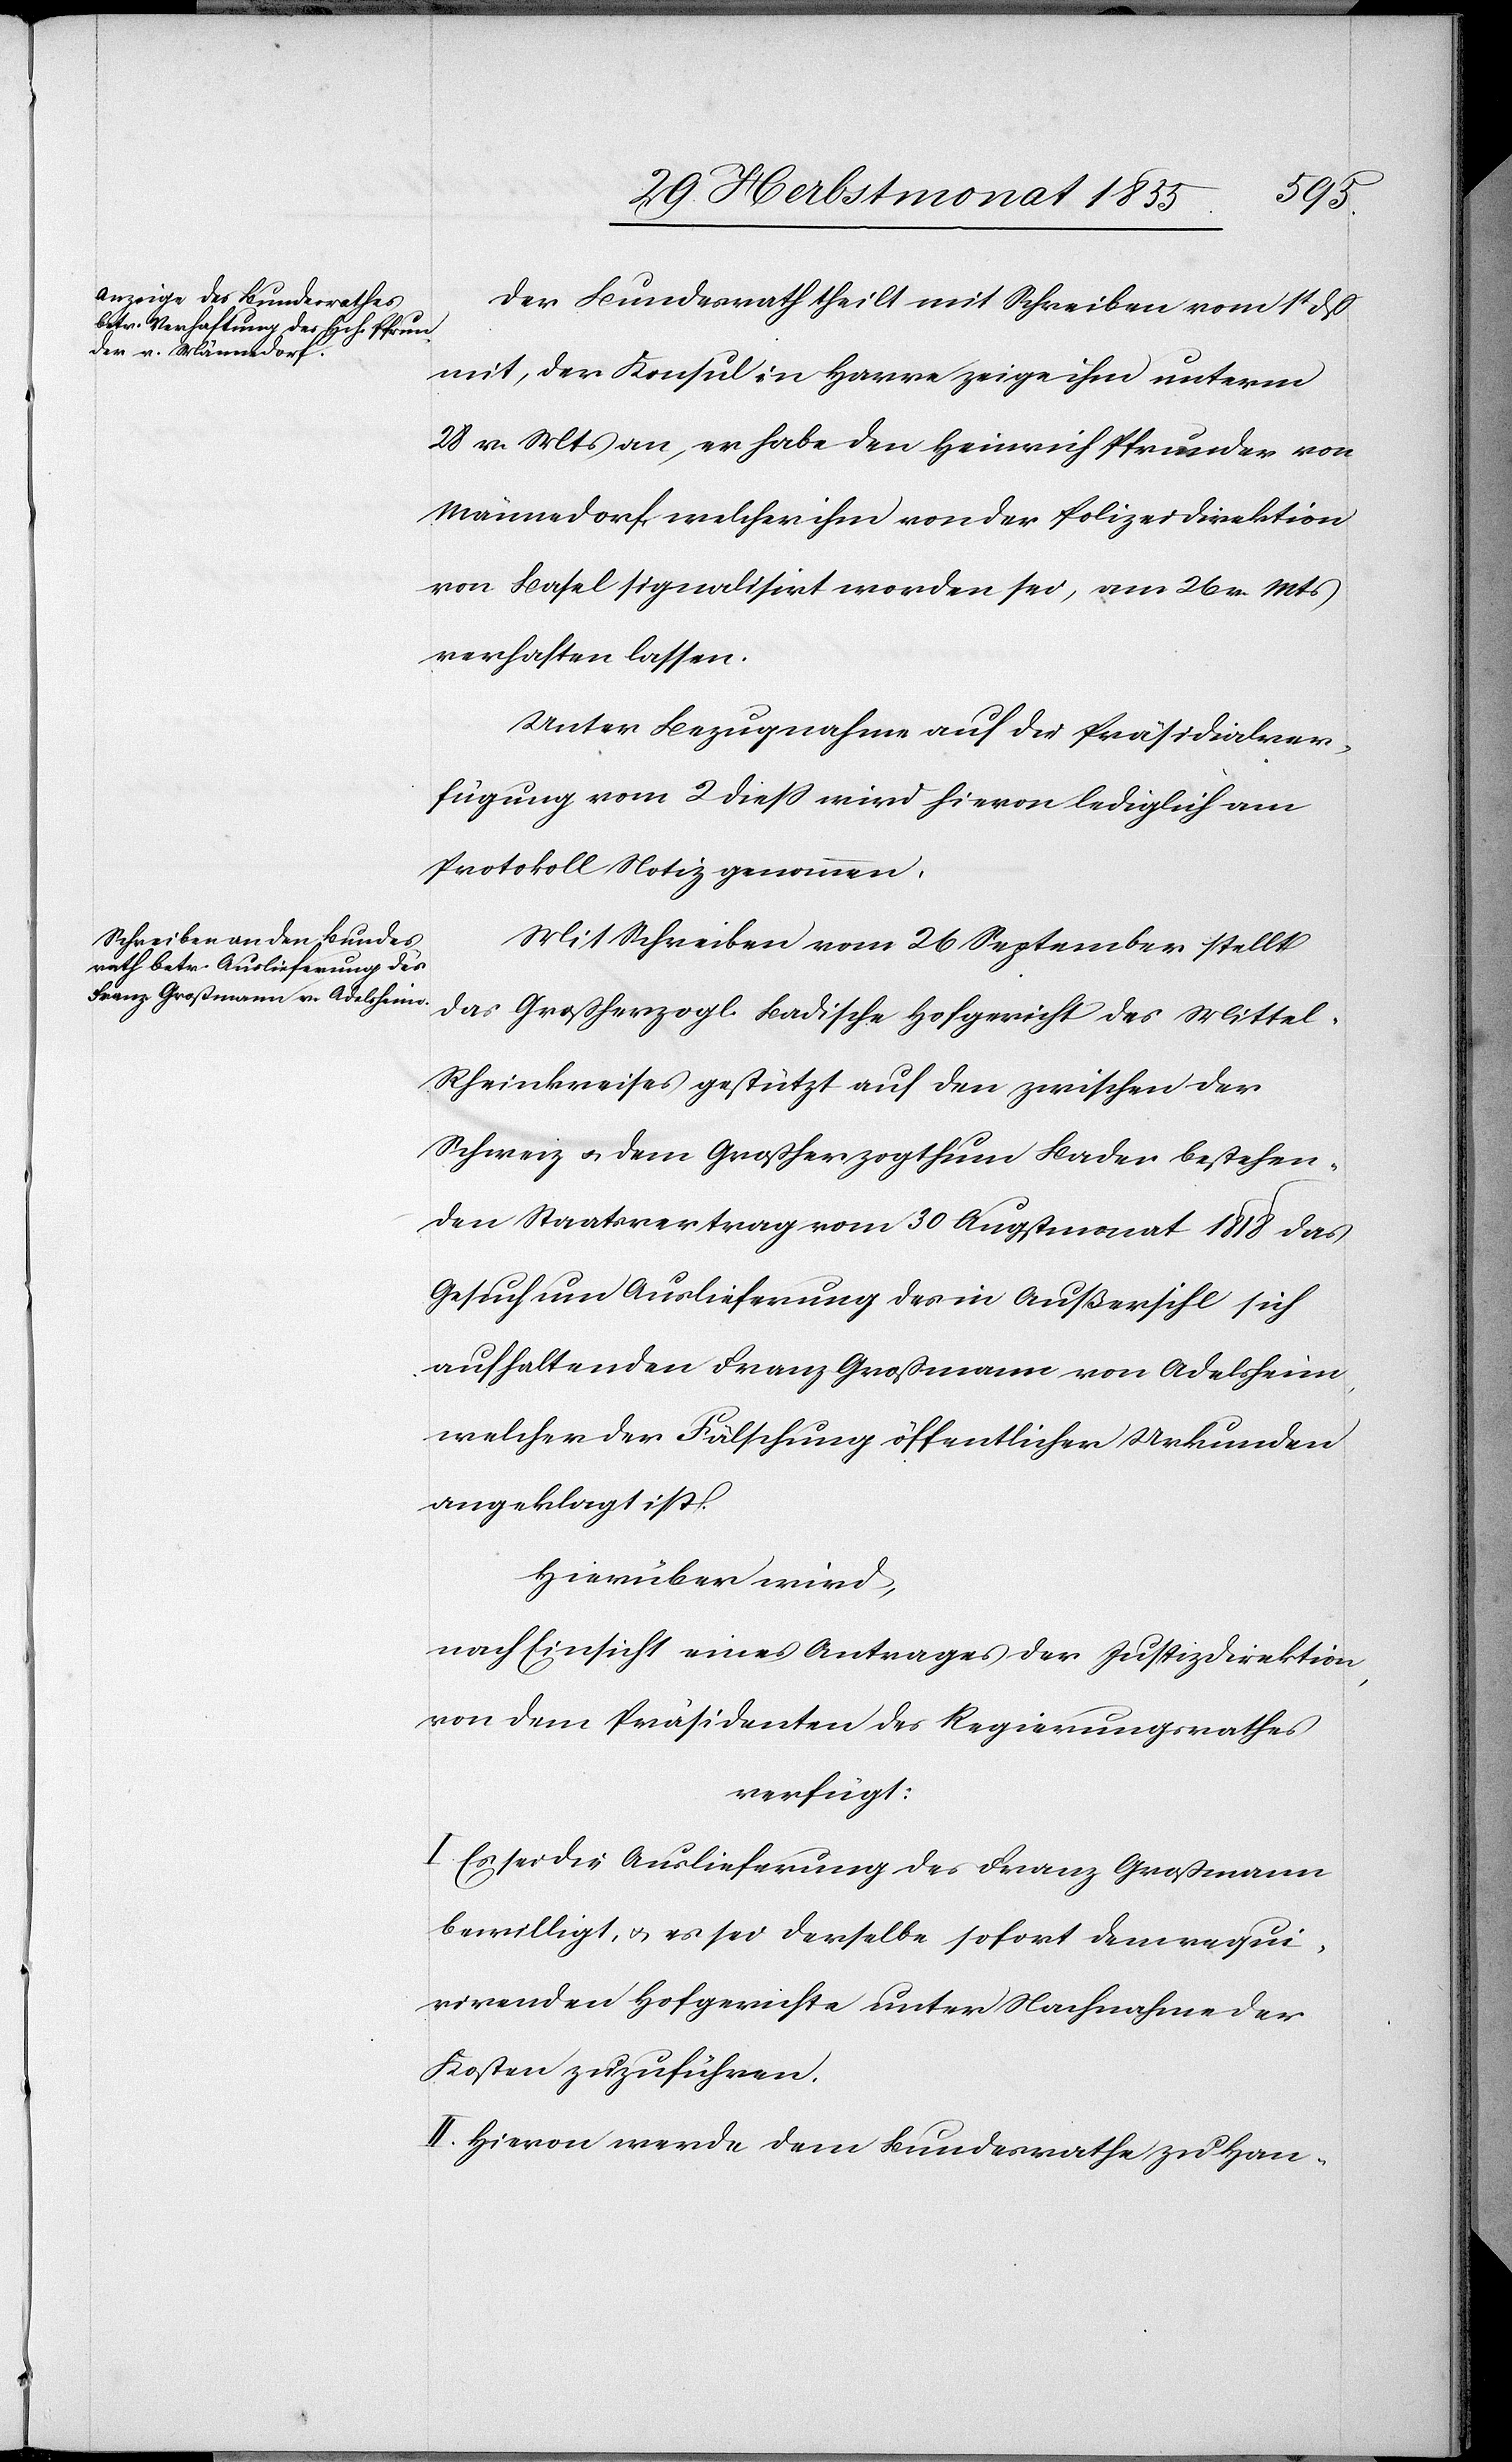
1855.]
Der Bundesrath theilt mit Schreiben vom 1t dß
mit, der Konsul in Havre zeige ihm unterm
28 v. Mts an, er habe den Heinrich Pfrunder von
Männedorf, welcher ihm von der Polizeidirektion
von Basel signalisirt worden sei, am 26 v. Mts
verhaften lassen.
Unter Bezugnahme auf die Präsidialver¬
fügung vom 2 diess wird hievon lediglich am
Protokoll Notiz genommen.
Mit Schreiben vom 26 September stellt
das Großherzogl. Badische Hofgericht des Mittel-R¬
heinkreises gestützt auf den zwischen der
Schweiz & dem Großherzogthum Baden bestehen¬
den Staatsvertrag vom 30 Augstmonat 1818 das
Gesuch um Auslieferung des in Außersihl sich
aufhaltenden Franz Großmann von Adelsheim,
welcher der Fälschung öffentlicher Urkunden
angeklagt ist.
Hierüber wird,
nach Einsicht eines Antrages der Justizdirektion,
von dem Präsidenten des Regierungsrathes
verfügt:
I. Es sei die Auslieferung des Franz Großmann
bewilligt, & es sei derselbe sofort dem requi¬
rirenden Hofgerichte unter Nachnahme der
Kosten zuzuführen.
II. Hievon werde dem Bundesrathe zu Han-